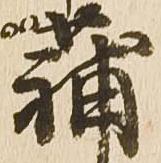
蒲